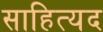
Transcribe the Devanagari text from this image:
साहित्यद